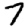
Digit: 7